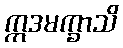
ဣဒမက္ခာသိ